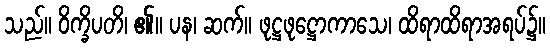
သည်။ ဝိက္ခိပတိ၊ ၏။ ပန၊ ဆက်။ ဖုဋ္ဌဖုဋ္ဌောကာသေ၊ ထိရာထိရာအရပ်၌။